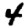
Digit: 4